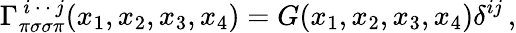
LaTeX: \Gamma_{\pi\sigma\sigma\pi}^{\, i\, \cdot\, \cdot\, j}(x_{1},x_{2},x_{3},x_{4})=G(x_{1},x_{2},x_{3},x_{4})\delta^{ij}\, ,